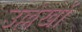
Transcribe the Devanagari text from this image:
उल्लेखाें